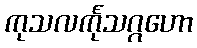
ကုသလင်္ကုသဂ္ဂဟော